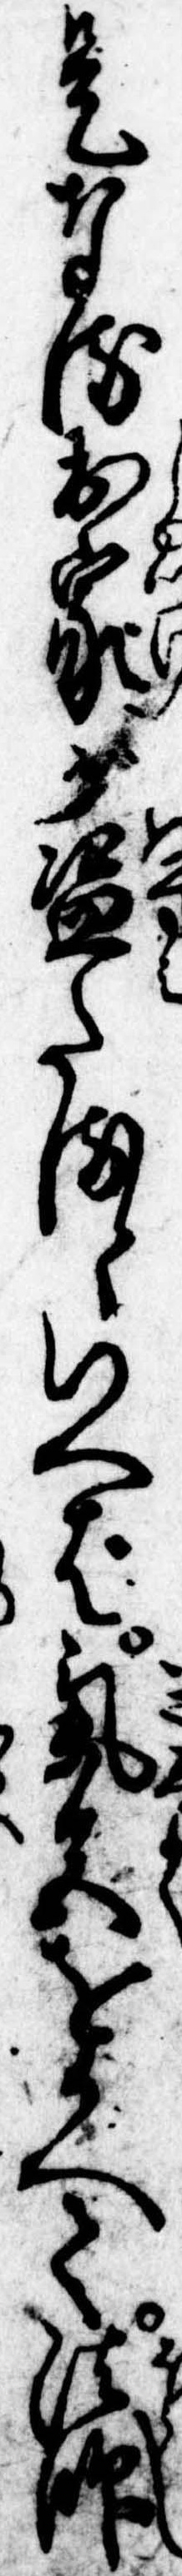
是なる出家が盗たるといへば気色をかへて法師